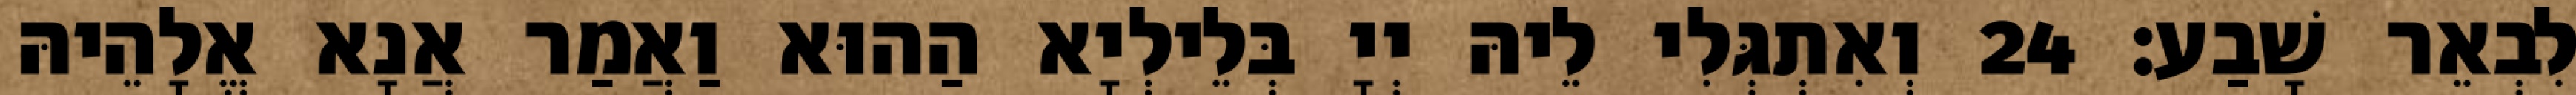
לִבְאֵר שָׁבַע׃ 24 וְאִתְגְּלִי לֵיהּ יְיָ בְּלֵילְיָא הַהוּא וַאֲמַר אֲנָא אֱלָהֵיהּ